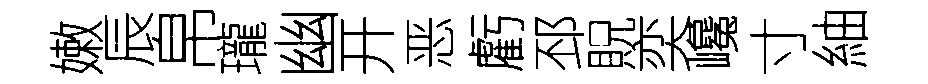
嫩辰帛瓏幽开恶虧邳貺奕巉寸紬